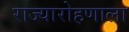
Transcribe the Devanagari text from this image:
राज्यारोहणाला